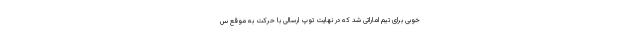
خوبی برای تیم اماراتی شد که در نهایت توپ ارسالی با حرکت به موقع س